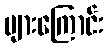
များကြောင်း